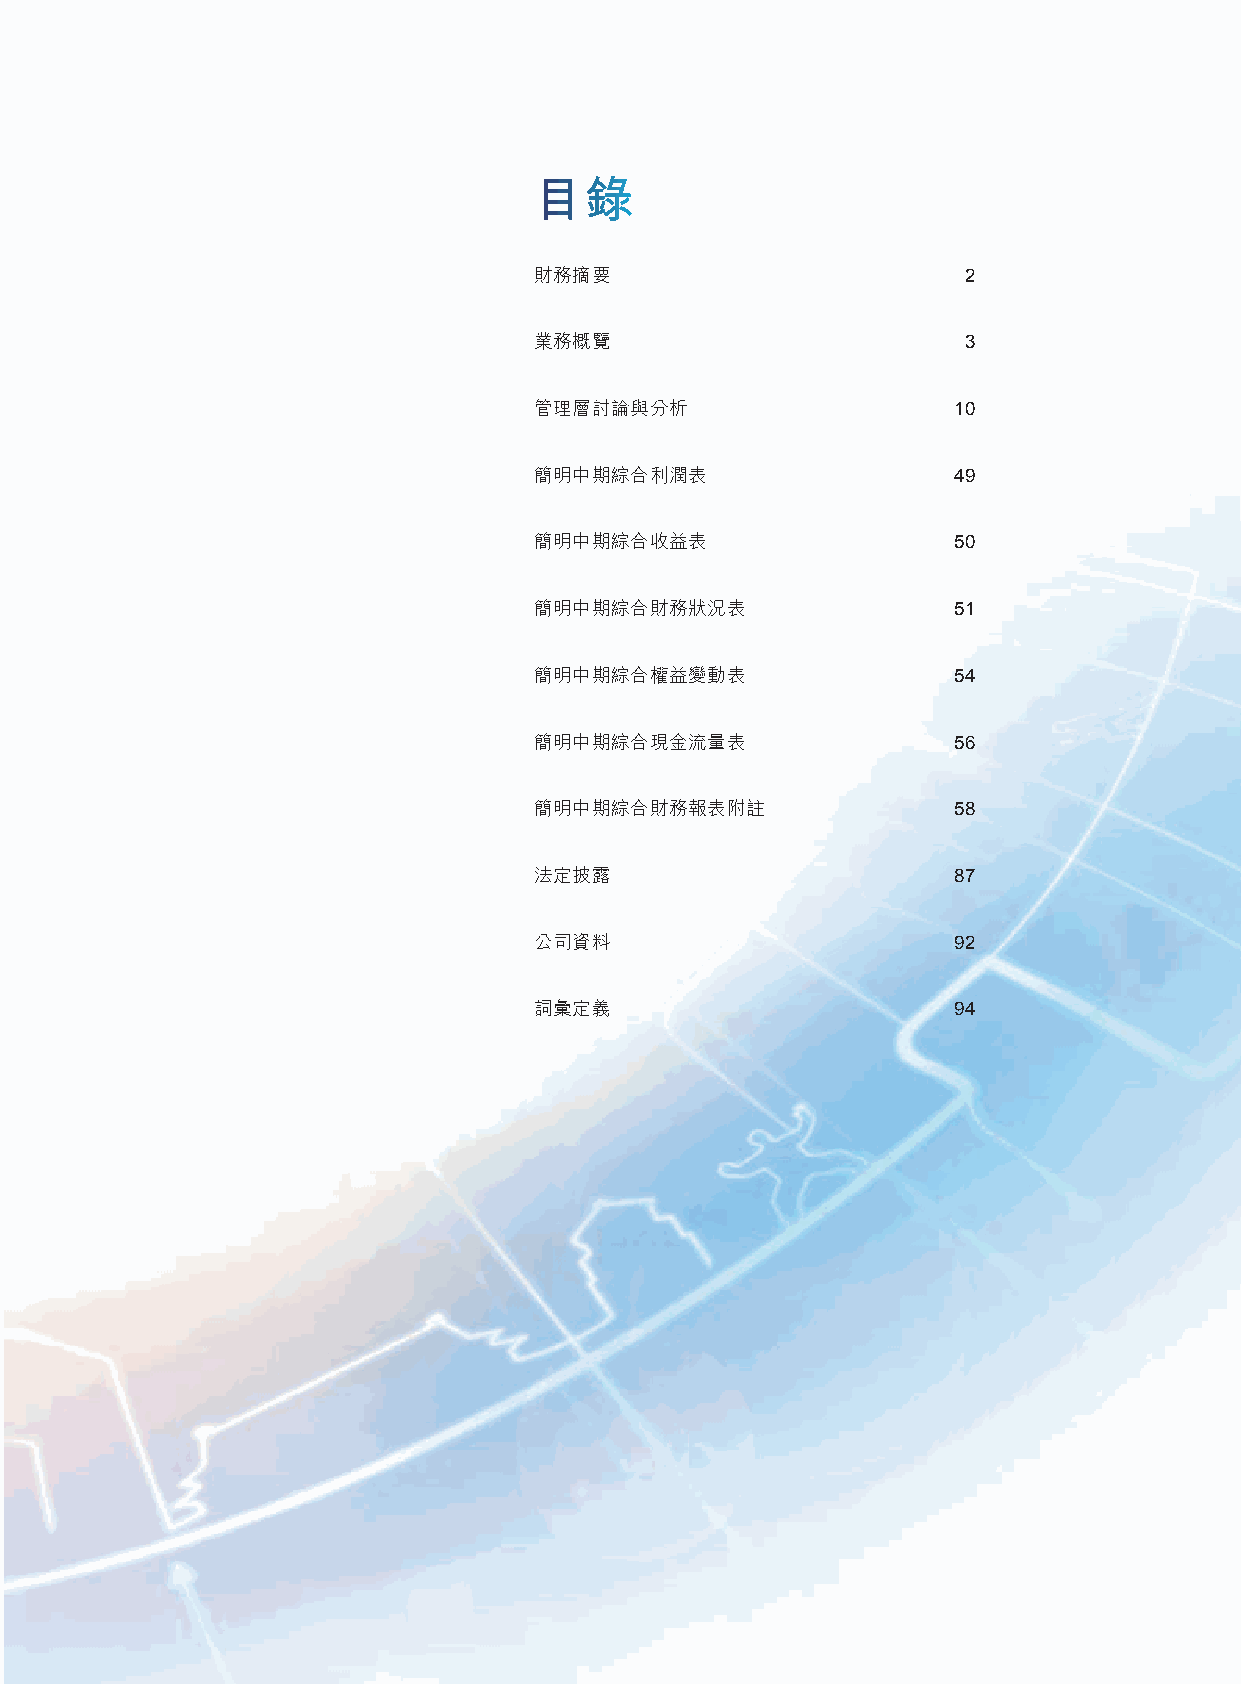
目錄
 財務摘要                         2
 業務概覽                         3
 管理層討論與分析                    10
 簡明中期綜合利潤表                   49
 簡明中期綜合收益表                   50
 簡明中期綜合財務狀況表                 51
 簡明中期綜合權益變動表                 54
 簡明中期綜合現金流量表                 56
 簡明中期綜合財務報表附註                58
 法定披露                        87
 公司資料                        92
 詞彙定義                        94